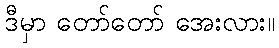
ဒီမှာ တော်တော် အေးလား။